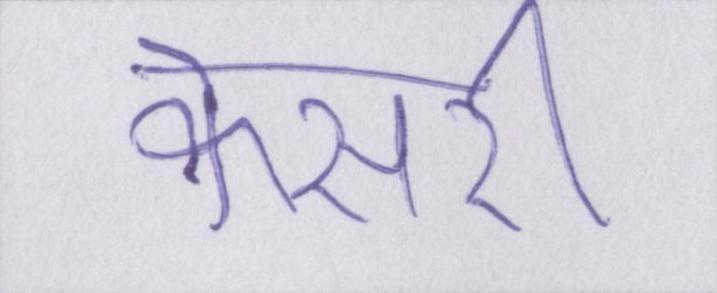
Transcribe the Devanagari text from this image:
केसरी